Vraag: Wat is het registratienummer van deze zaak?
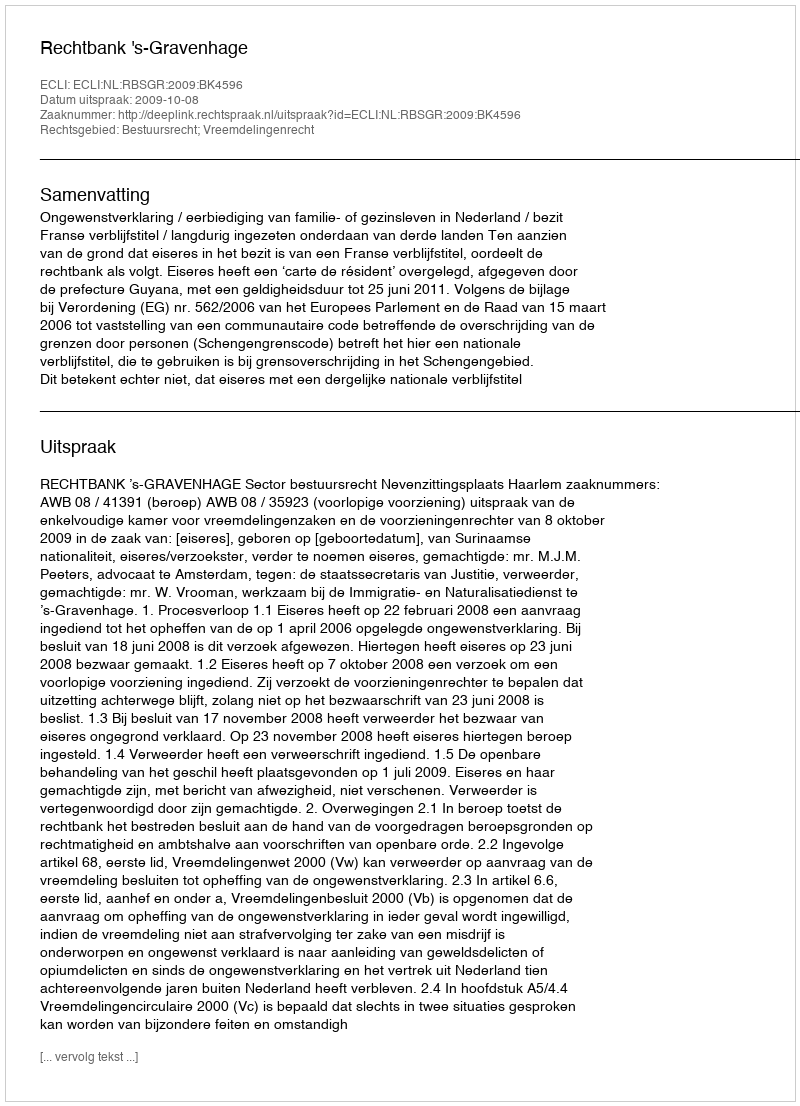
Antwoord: http://deeplink.rechtspraak.nl/uitspraak?id=ECLI:NL:RBSGR:2009:BK4596